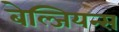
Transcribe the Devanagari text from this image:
बेल्जियन्स